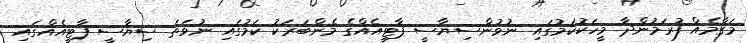
މަޤާމެއް ފުރަމުންދާ މީހަކުކަމުގައި ނުވުންސިޔާސީ ޕާޓީއެއްގެ މެންބަރަކު ކަމުގައި ނުވަތަ ސިޔާސީ ޕާޓީއެއްގައި